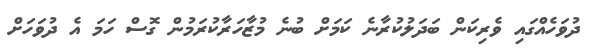
ދުވަހެއްގައި ވެރިކަން ބަދަލުކުރާނެ ކަމަށް ބުނެ މުޒާހަރާކުރަމުން ގޮސް ހަމަ އެ ދުވަހަށް